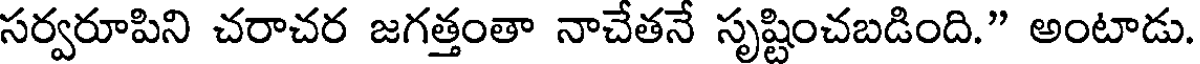
సర్వరూపిని చరాచర జగత్తంతా నాచేతనే సృష్టించబడింది." అంటాడు.